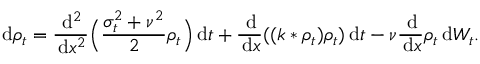
\, \mathrm { d } \rho _ { t } = \frac { \, \mathrm { d } ^ { 2 } } { \, \mathrm { d } x ^ { 2 } } \Big ( \frac { \sigma _ { t } ^ { 2 } + \nu ^ { 2 } } { 2 } \rho _ { t } \Big ) \, \mathrm { d } t + \frac { \, \mathrm { d } } { \, \mathrm { d } x } ( ( k * \rho _ { t } ) \rho _ { t } ) \, \mathrm { d } t - \nu \frac { \, \mathrm { d } } { \, \mathrm { d } x } \rho _ { t } \, \mathrm { d } W _ { t } .